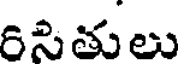
రిసితులు